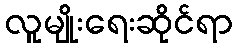
လူမျိုးရေးဆိုင်ရာ